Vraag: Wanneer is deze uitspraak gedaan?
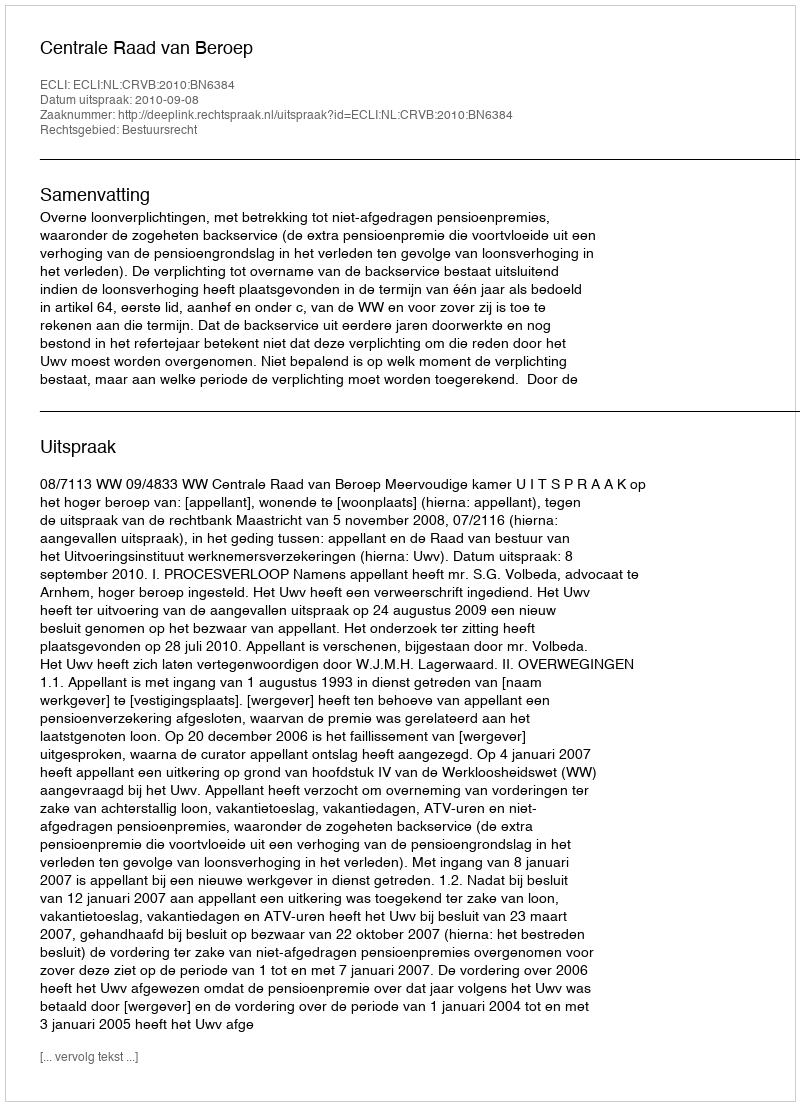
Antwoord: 2010-09-08